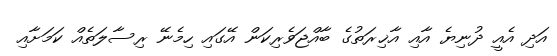
އަދި އެއީ ދުނިޔެ އާއި އާޚިރަތުގެ ބާއްޖަވެރިކަން އޭގައި ހިމެނޭ ރިސާލަތެއް ކަމަށާއި